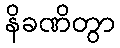
နိခဏိတွာ